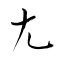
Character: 尢